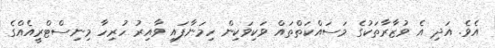
އެވެ. އަދި އެ ވުޒާރާތަކުގެ މަސައްކަތްތައް ވަކިވަކިން ހިމަނާފައި ވާއިރު ހުރިހާ މިނިސްޓްރީއެއްގެ